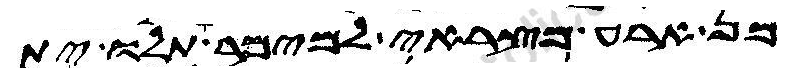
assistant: מן ארע מצראי למימר תלו ית